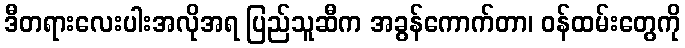
ဒီတရားလေးပါးအလိုအရ ပြည်သူဆီက အခွန်ကောက်တာ၊ ဝန်ထမ်းတွေကို